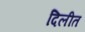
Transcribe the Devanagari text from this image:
दिलीत